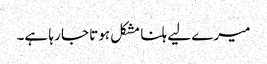
میرے لیے ہلنا مشکل ہوتا جا رہا ہے۔